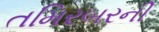
તમિરબરની